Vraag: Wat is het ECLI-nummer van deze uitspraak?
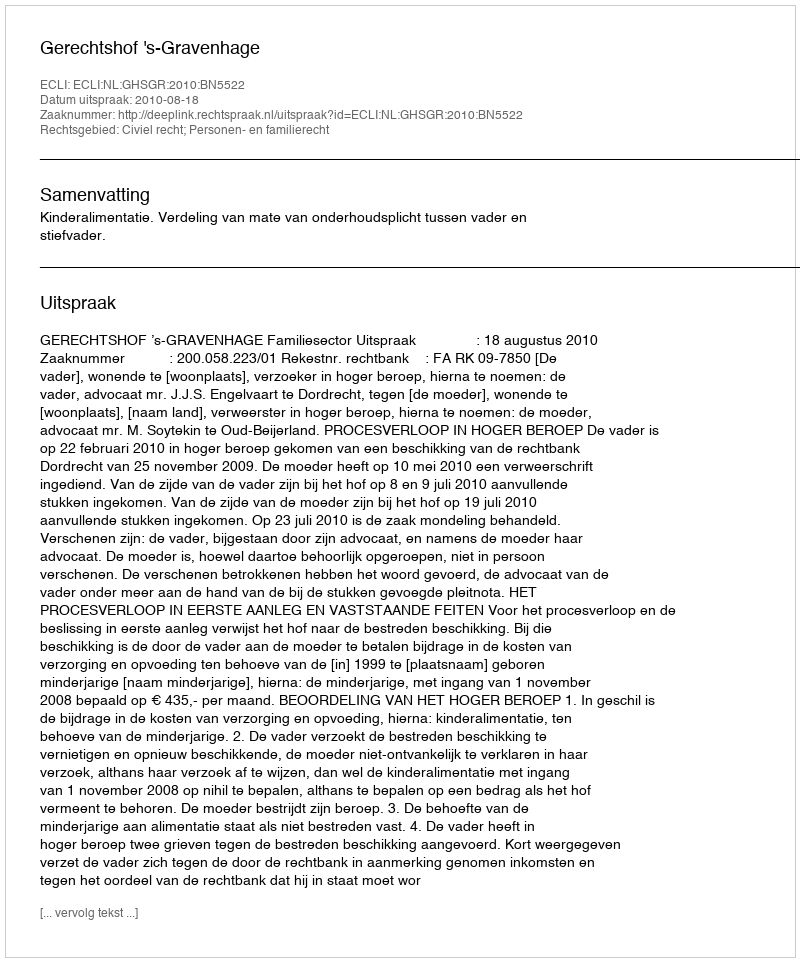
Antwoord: ECLI:NL:GHSGR:2010:BN5522